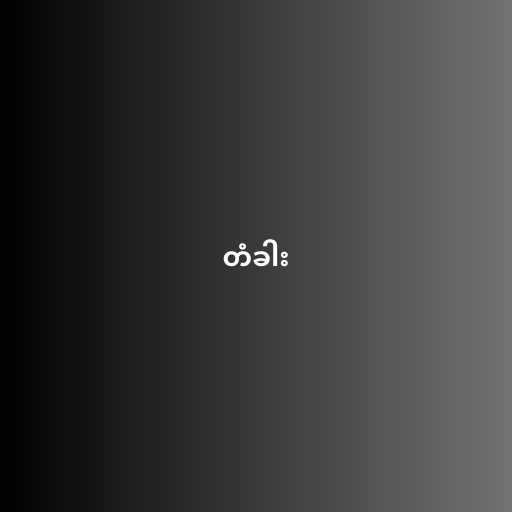
တံခါး